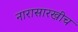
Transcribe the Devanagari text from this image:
नारासारखीच